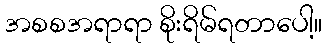
အစစအရာရာ စိုးရိမ်ရတာပေါ့။